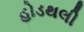
હોડથલી